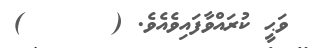
ވަޙީ ކުރައްވާފައިވެއެވެ. (      )